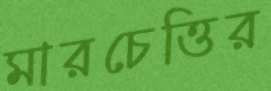
মারচেত্তির